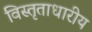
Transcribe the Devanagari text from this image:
विस्तृताधारीय